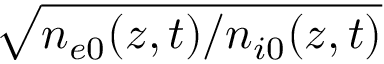
\sqrt { n _ { e 0 } ( z , t ) / n _ { i 0 } ( z , t ) }